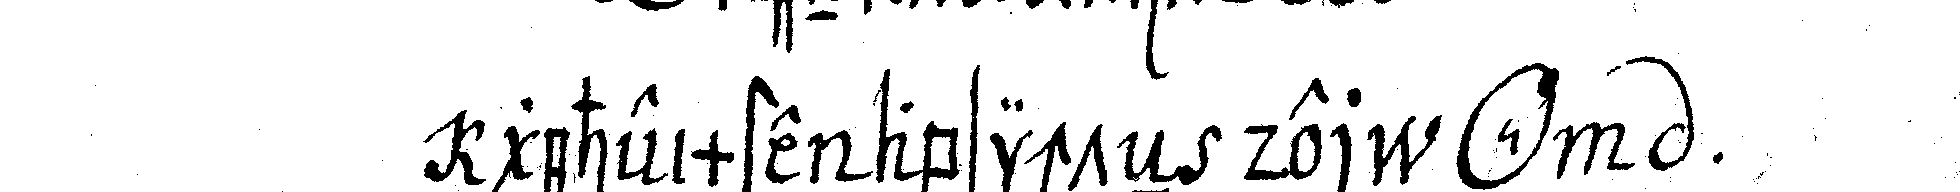
geheimste absichteN der *o*  .